Civil Veterinary Department Bengal reports 1923-33 - 1923-1933
Year: 1923
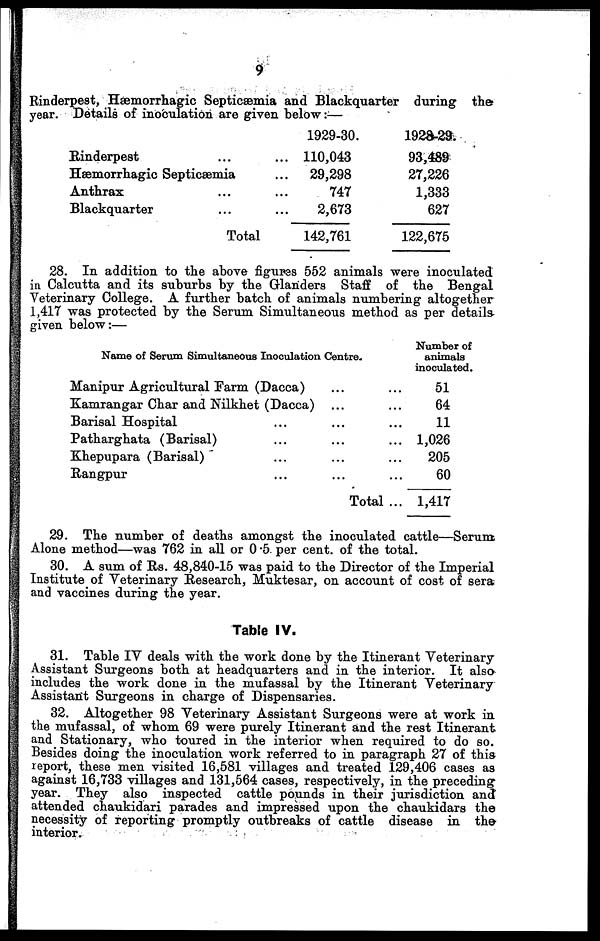
9
Rinderpest, Hæmorrhagic Septicæmia and Blackquarter during the
year. Details of inoculation are given below :—
Rinderpest ... ...
Hæmorrhagic Septicæmia ...
Anthrax ... ...
Blackquarter ... ...
Total
1929-30.
110,043
29,298
747
2,673
142,761
1928-29.
93,489
27,226
1,333
627
122,675
28. In addition to the above figures 552 animals were inoculated
in Calcutta and its suburbs by the Glanders Staff of the Bengal
Veterinary College. A further batch of animals numbering altogether
1,417 was protected by the Serum Simultaneous method as per details
given below :—
Name of Serum Simultaneous Inoculation Centre.
Manipur Agricultural Farm (Dacca) ... ...
Kamrangar Char and Nilkhet (Dacca) ... ...
Barisal Hospital ... ... ...
Patharghata (Barisal) ... ... ...
Khepupara (Barisal) ... ... ...
Rangpur ... ... ...
Total ...
Number of
animals
inoculated.
51
64
11
1,026
205
60
1,417
29. The number of deaths amongst the inoculated cattle—Serum
Alone method—was 762 in all or 0 .5 per cent. of the total.
30. A sum of Rs. 48,840-15 was paid to the Director of the Imperial
Institute of Veterinary Research, Muktesar, on account of cost of sera
and vaccines during the year.
Table IV.
31. Table IV deals with the work done by the Itinerant Veterinary
Assistant Surgeons both at headquarters and in the interior. It also
includes the work done in the mufassal by the Itinerant Veterinary
Assistant Surgeons in charge of Dispensaries.
32. Altogether 98 Veterinary Assistant Surgeons were at work in
the mufassal, of whom 69 were purely Itinerant and the rest Itinerant
and Stationary, who toured in the interior when required to do so.
Besides doing the inoculation work referred to in paragraph 27 of this
report, these men visited 16,581 villages and treated 129,406 cases as
against 16,733 villages and 131,564 cases, respectively, in the preceding
year. They also inspected cattle pounds in their jurisdiction and
attended chaukidari parades and impressed upon the chaukidars the
necessity of reporting promptly outbreaks of cattle disease in the
interior.